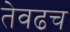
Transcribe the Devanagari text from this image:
तेवढच